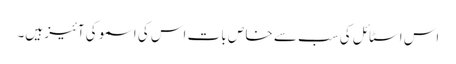
اس اسٹا ئل کی سب سے خا ص با ت اس کی اسمو کی آئیز ہیں۔